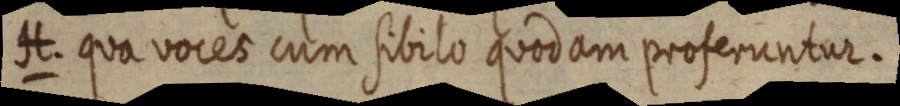
H. qua voces cum sibilo quodam proferuntur.